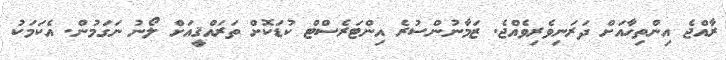
ރާއްޖެ އިންތިހާއަށް ދަރަނިވެރިވެއްޖެ. ޒަމާނުންސުރެ އިންޓަރެސްޓް ކުޑަކޮށް ތަރައްޤީއަަށް ލޯނު ނަގަމުން. އެކަމަކު